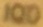
IQD